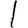
Digit: 1